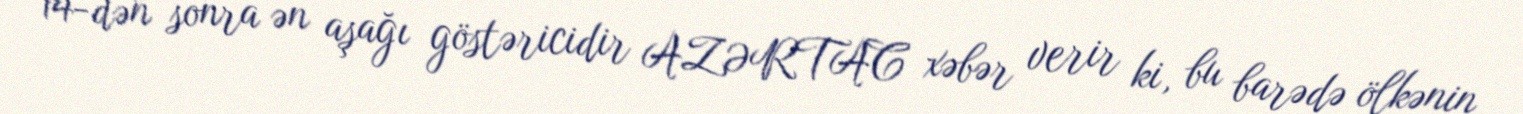
14-dən sonra ən aşağı göstəricidir AZƏRTAC xəbər verir ki, bu barədə ölkənin